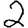
Digit: 2